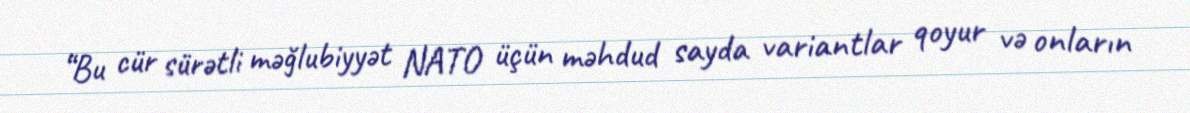
“Bu cür sürətli məğlubiyyət NATO üçün məhdud sayda variantlar qoyur və onların